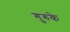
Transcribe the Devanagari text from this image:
गुरुके